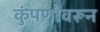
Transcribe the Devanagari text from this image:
कुंपणावरून